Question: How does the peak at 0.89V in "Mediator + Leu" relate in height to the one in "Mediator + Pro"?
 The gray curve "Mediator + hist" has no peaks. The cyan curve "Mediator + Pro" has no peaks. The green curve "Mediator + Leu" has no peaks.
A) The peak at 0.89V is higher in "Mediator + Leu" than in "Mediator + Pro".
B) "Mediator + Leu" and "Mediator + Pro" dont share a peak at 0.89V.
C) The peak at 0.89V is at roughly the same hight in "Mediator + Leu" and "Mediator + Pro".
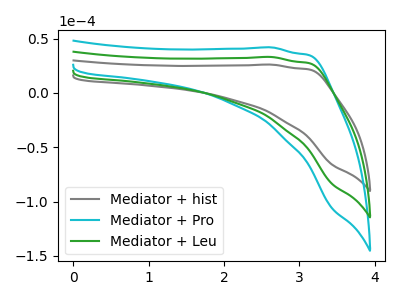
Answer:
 <answer>B) "Mediator + Leu" and "Mediator + Pro" dont share a peak at 0.89V.</answer>
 <eval>B</eval>